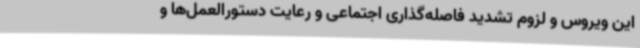
این ویروس و لزوم تشدید فاصله‌گذاری اجتماعی و رعایت دستورالعمل‌ها و